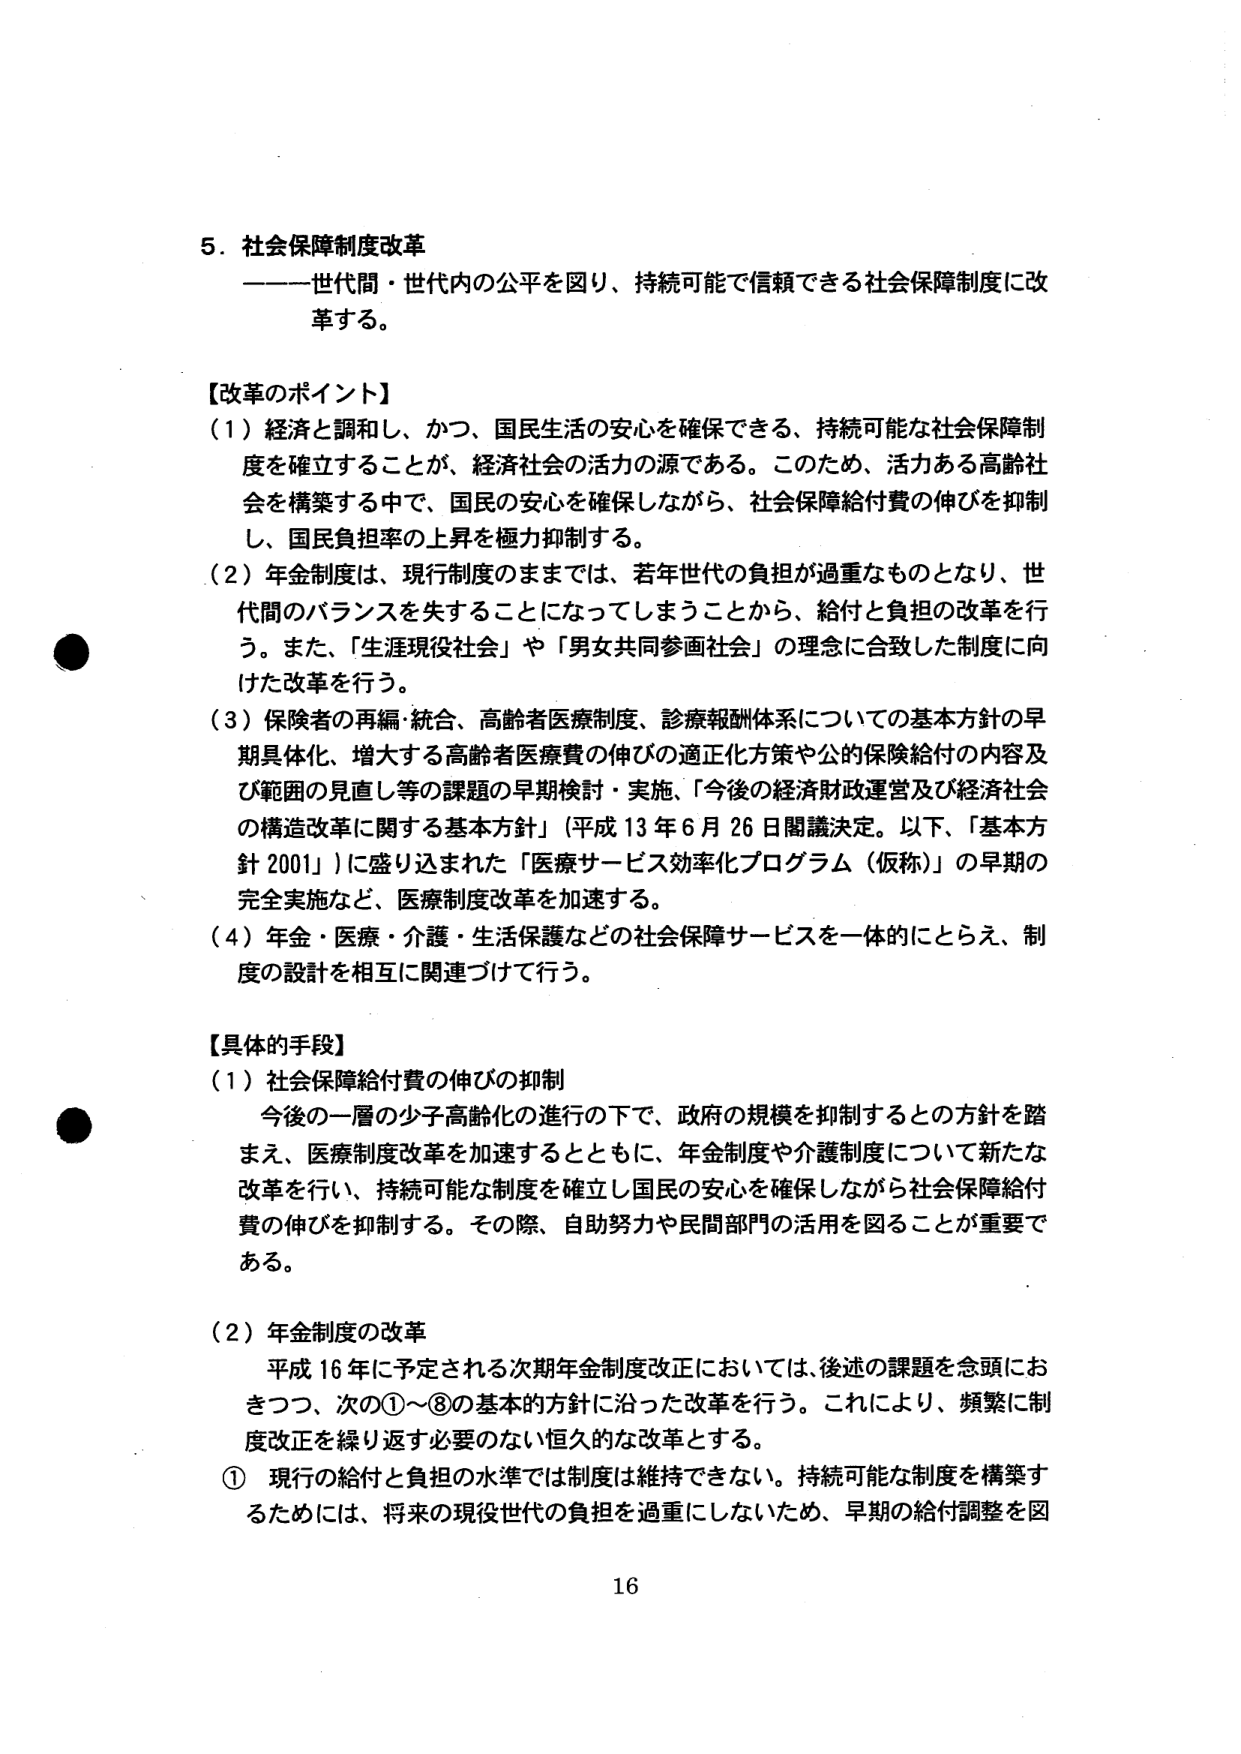
5．社会保障制度改革
――世代間・世代内の公平を図り、持続可能で信頼できる社会保障制度に改革する。

【改革のポイント】
（1）経済と調和し、かつ、国民生活の安心を確保できる、持続可能な社会保障制度を確立することが、経済社会の活力の源である。このため、活力ある高齢社会を構築する中で、国民の安心を確保しながら、社会保障給付費の伸びを抑制し、国民負担率の上昇を極力抑制する。
（2）年金制度は、現行制度のままでは、若年世代の負担が過重なものとなり、世代間のバランスを失うことになってしまうことから、給付と負担の改革を行う。また、「生涯現役社会」や「男女共同参画社会」の理念に合致した制度に向けた改革を行う。
（3）保険者の再編・統合、高齢者医療制度、診療報酬体系についての基本方針の早期具体化、増大する高齢者医療費の伸びの適正化方策や公的保険給付の内容及び範囲の見直し等の課題の早期検討・実施、「今後の経済財政運営及び経済社会の構造改革に関する基本方針」（平成13年6月26日閣議決定。以下、「基本方針2001」）に盛り込まれた「医療サービス効率化プログラム（仮称）」の早期の完全実施など、医療制度改革を加速する。
（4）年金・医療・介護・生活保護などの社会保障サービスを一体的にとらえ、制度の設計を相互に関連づけて行う。

【具体的手段】
（1）社会保障給付費の伸びの抑制
今後の一層の少子高齢化の進行の下で、政府の規模を抑制するとの方針を踏まえ、医療制度改革を加速するとともに、年金制度や介護制度について新たな改革を行い、持続可能な制度を確立し国民の安心を確保しながら社会保障給付費の伸びを抑制する。その際、自助努力や民間部門の活用を図ることが重要である。
（2）年金制度の改革
平成16年に予定される次期年金制度改正においては、後述の課題を念頭におきつつ、次の①～⑧の基本的方針に沿った改革を行う。これにより、頻繁に制度改正を繰り返す必要のない恒久的な改革とする。
① 現行の給付と負担の水準では制度は維持できない。持続可能な制度を構築するためには、将来の現役世代の負担を過重にしないため、早期の給付調整を図

16